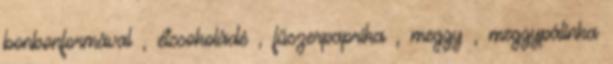
bonbonformával , étcsokoládé , fűszerpaprika , meggy , meggypálinka